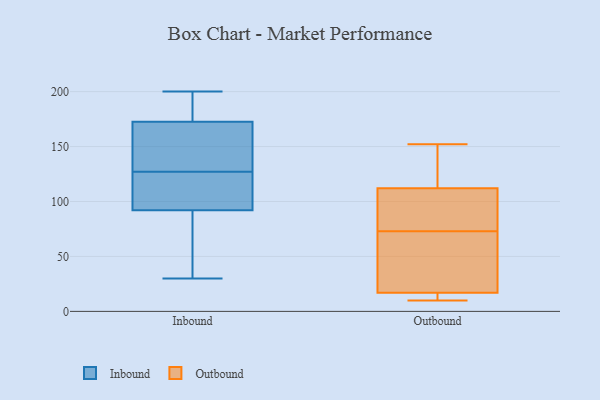
{"axis": {"x": "LTV (USD)", "y": "Value"}, "legend": ["Inbound", "Outbound"], "data": [{"x": "", "y": 121, "type": "Inbound"}, {"x": "", "y": 38, "type": "Inbound"}, {"x": "", "y": 98, "type": "Inbound"}, {"x": "", "y": 86, "type": "Inbound"}, {"x": "", "y": 30, "type": "Inbound"}, {"x": "", "y": 127, "type": "Inbound"}, {"x": "", "y": 127, "type": "Inbound"}, {"x": "", "y": 200, "type": "Inbound"}, {"x": "", "y": 160, "type": "Inbound"}, {"x": "", "y": 185, "type": "Inbound"}, {"x": "", "y": 191, "type": "Inbound"}, {"x": "", "y": 152, "type": "Inbound"}, {"x": "", "y": 109, "type": "Outbound"}, {"x": "", "y": 10, "type": "Outbound"}, {"x": "", "y": 75, "type": "Outbound"}, {"x": "", "y": 10, "type": "Outbound"}, {"x": "", "y": 17, "type": "Outbound"}, {"x": "", "y": 114, "type": "Outbound"}, {"x": "", "y": 152, "type": "Outbound"}, {"x": "", "y": 71, "type": "Outbound"}, {"x": "", "y": 112, "type": "Outbound"}, {"x": "", "y": 65, "type": "Outbound"}]}